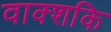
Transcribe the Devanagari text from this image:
वाक्शकि